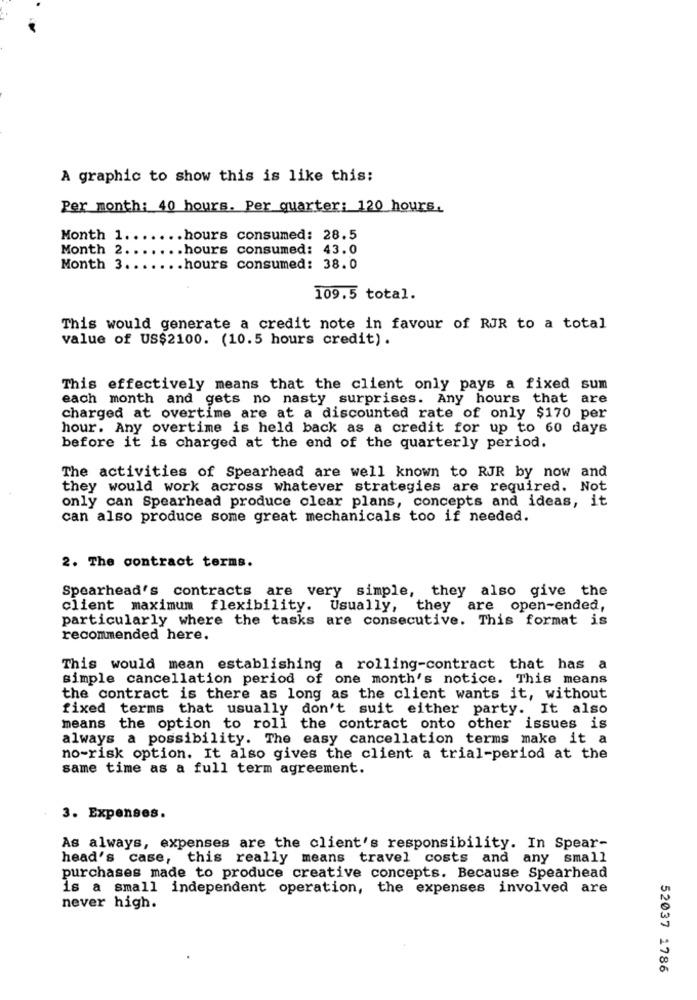
A graphic to show this is like this:
Per month: 40 hours. Per quarter: 120 hours.
Month 1 ....... hours consumed: 28.5
Month 2 ....... hours consumed: 43.0
Month 3 ....... hours consumed: 38.0
109.5 total.
This would generate a credit note in favour of RJR to a total
value of US$2100. (10.5 hours credit).
This effectively means that the client only pays a fixed sum
each month and gets no nasty surprises. Any hours that are
charged at overtime are at a discounted rate of only $170 per
hour. Any overtime is held back as a credit for up to 60 days
before it is charged at the end of the quarterly period.
The activities of Spearhead are well known to RJR by now and
they would work across whatever strategies are required. Not
only can Spearhead produce clear plans, concepts and ideas, it
can also produce some great mechanicals too if needed.
2. The contract terms.
Spearhead's contracts are very simple, they also give the
client maximum flexibility. Usually, they are open-ended,
particularly where the tasks are consecutive. This format is
recommended here.
This would mean establishing a rolling-contract that has a
simple cancellation period of one month's notice. This means
the contract is there as long as the client wants it, without
fixed terms that usually don't suit either party. It also
means the option to roll the contract onto other issues is
always a possibility. The easy cancellation terms make it a
no-risk option. It also gives the client a trial-period at the
same time as a full term agreement.
3. Expenses.
As always, expenses are the client's responsibility. In Spear-
head's case, this really means travel costs and any small
purchases made to produce creative concepts. Because Spearhead
is a small independent operation, the expenses involved are
never high.
52037 1786